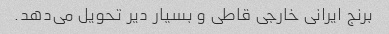
برنج ایرانی خارجی قاطی و بسیار دیر تحویل می‌دهد.